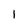
Character: 1